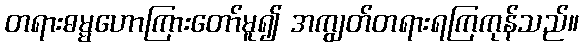
တရားဓမ္မဟောကြားတော်မူ၍ အကျွတ်တရားရကြကုန်သည်။